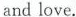
and love.